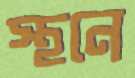
স্থনে